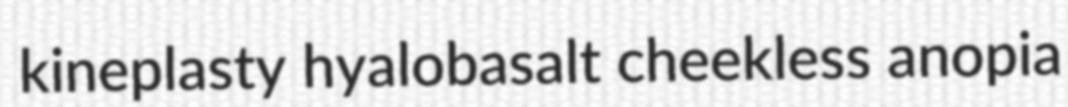
kineplasty hyalobasalt cheekless anopia